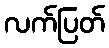
လက်ပြတ်